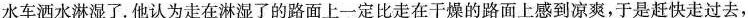
水车洒水淋湿了。他认为走在淋湿了的路面上一定比走在干燥的路面上感到凉爽，于是赶快走过去，